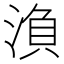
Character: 𭱘